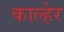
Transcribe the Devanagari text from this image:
काल्हेर